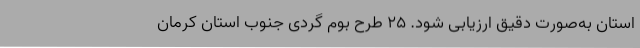
استان به‌صورت دقیق ارزیابی شود. 25 طرح بوم گردی جنوب استان کرمان